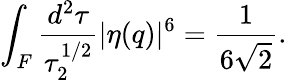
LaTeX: \int_{F}\frac{d^{2}\tau}{\tau_{2}^{1/2}}|\eta(q)|^{6}=\frac{1}{6\sqrt{2}}.